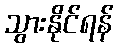
သွားနိုင်ရန်